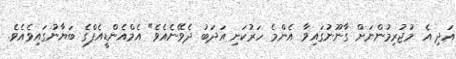
އަދި އެ މުޖުރިމުންނަށް ގާނޫނުގައިވާ އެންމެ ހަރުކަށި އަދަބު ދެވޭނެއެވެ" އެމްއެންޑީއެފްގެ ބަޔާނުގައިވެއެވެ.